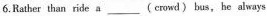
6.Rather than ride a ___ (crowd) bus,he always